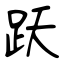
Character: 跃